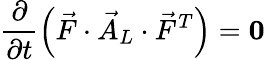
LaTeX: \frac{\partial}{\partial t}\left(\vec{F}\cdot\vec{A}_{L}\cdot\vec{F}^{T}\right)=\boldsymbol{0}